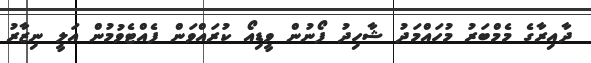
ދާއިރާގެ މެމްބަރު މުހައްމަދު ޝާހިދު ފޯނުން ވީޑިއޯ ކުރައްވަން ފެއްޓެވުމުން އަލީ ނިޒާރު